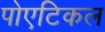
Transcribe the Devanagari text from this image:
पोएटिकल